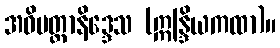
အဓိမတ္ထာနိဒ္ဒေသ (ဣန္ဒြိယကထာ)။